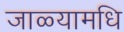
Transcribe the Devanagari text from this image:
जाळ्यामधि